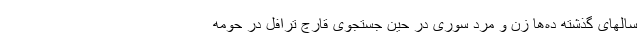
سالهای گذشته ده‌ها زن و مرد سوری در حین جستجوی قارچ ترافل در حومه